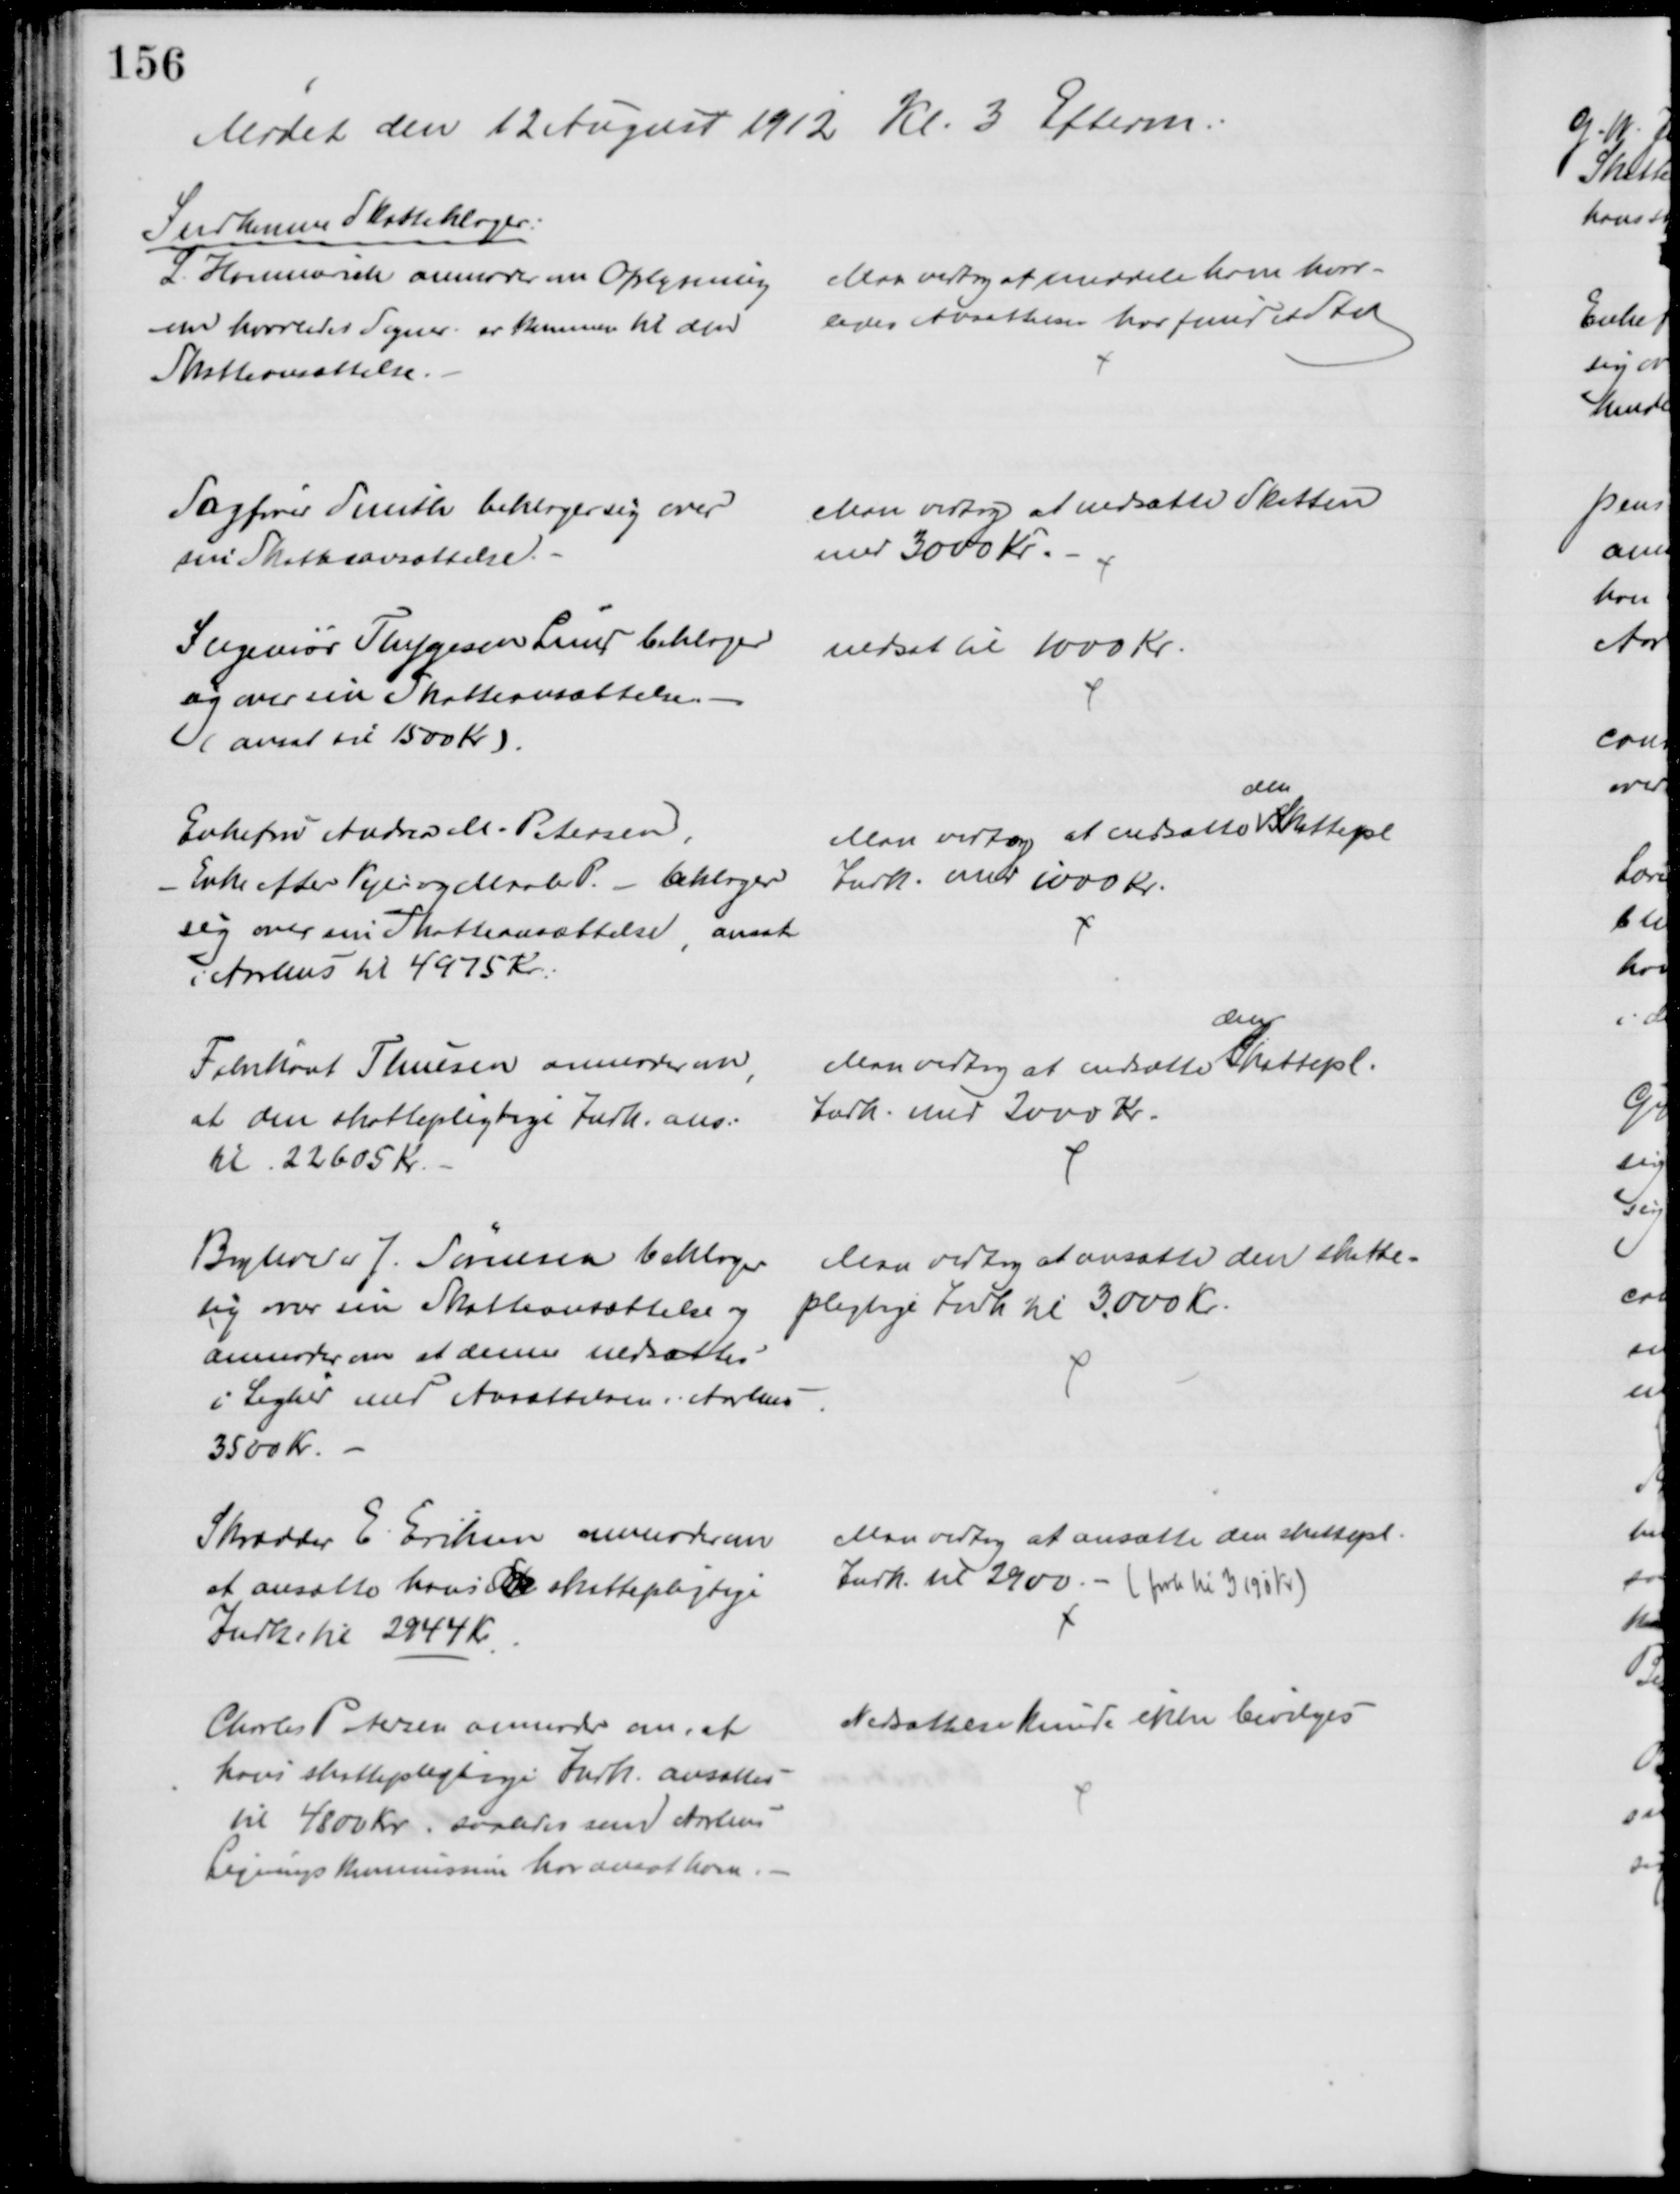
Transskription:
Mødet den 12 August 1912 Kl. 3 Efterm.
Indkomme Skatteklager:
L. Hammerich anmoder om Oplysning
on hvorledes Sogner. er kommen til den
Skatteansættelse.
Man vedtog at meddele ham hvor-
ledes Ansættelsen har fundet sted
Sagfører Smith beklager sig over
sin Skatteansættelse.
Man vedtog at nedsatte Skatten
med 3000 Kr. 
Ingeniør Thygesen Lund beklager
sig over sin Skatteansættelse.
(ansat til 1500 Kr).
nedsat til 1000 Kr.
Enkefru Andrea M. Petersen,
Enke efter Vejer og Maaler P. - beklager
sig over sin Skatteansættelse, ansat
i Aarhus til 4975 Kr.
Man vedtog at nedsætte 
den
Skattepl
Indk. med 1000 Kr.
Fabrikant Thuesen anmoder om
at den skattepligtige Indk. ans:
til 22605 Kr.
Man vedtog at nedsætte 
den
Skattepl.
Indk. med 2000 Kr.
Boghandler J. Sørensen beklager
sig over sin Skatteansættelse og 
anmoder om at denne nedsættes
i Lighed med Ansættelsen i Aarhus
3500 Kr.
Man vedtog at ansætte den skatte-
pligtige Indk. til 3.000 Kr.
Skrædder E. Eriksen anmoder om
at ansætte hans de skattepligtige
Indk. til 2944 Kr
Man vedtog at ansætte den skattepl.
Indk. til 2900. - (forh. til 3190 Kr)
Charles Petersen anmoder om, at
hans skattepligtige Indk. ansættes
til 4800 Kr, saaledes som Aarhus
Ligningskommission har ansat ham.
Nedsættelse kunde ikke bevilges